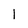
Character: 1